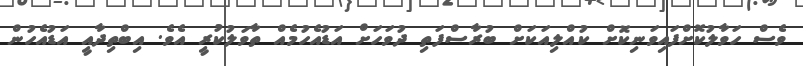
ވެސް ހަވާލުކޮށްފައިވަނިކޮށް ކުއްލިއަކަށް ބުރާސްފަތި ދުވަހަށް އަޑުއެހުމެއް ތާވަލުކުރީ އެވެ. އިބްތިދާއީ އަޑުއެހުން